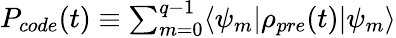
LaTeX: \begin{array}{r}{P_{code}(t)\equiv\sum_{m=0}^{q-1}\langle\psi_{m}|\rho_{pre}(t)|\psi_{m}\rangle}\end{array}